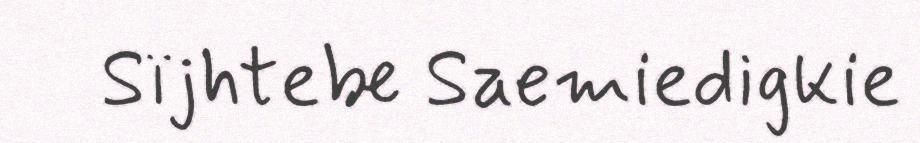
Sïjhtebe Saemiedigkie